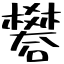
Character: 礬